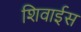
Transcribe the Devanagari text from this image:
शिवाईस